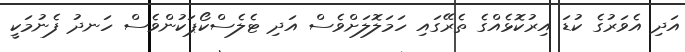
އަދި އެވަރުގެ ކުޑަ އިރުކޮޅެއްގެ ތެރޭގައި ހަމަލޮލަށްވެސް އަދި ޓެލެސްކޯޕަކުންވެސް ހަނދު ފެނުމަކީ